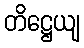
တိဋ္ဌေယျ